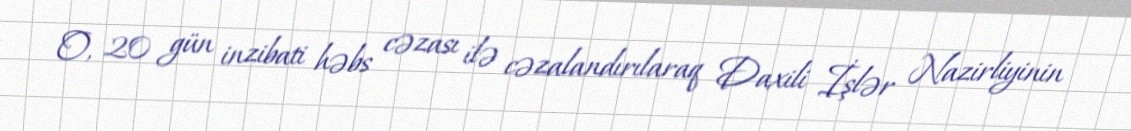
O, 20 gün inzibati həbs cəzası ilə cəzalandırılaraq Daxili İşlər Nazirliyinin